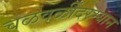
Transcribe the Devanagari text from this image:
चळवळींदरम्यान